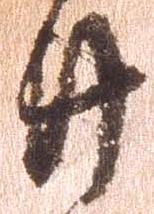
廿